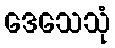
ဒေသေသုံ